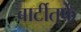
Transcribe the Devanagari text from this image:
बार्टीतर्फे